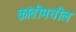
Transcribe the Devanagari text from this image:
क्रांतीमधील